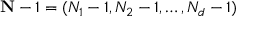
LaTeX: \mathbf { N } - 1 = ( N _ { 1 } - 1 , N _ { 2 } - 1 , \ldots , N _ { d } - 1 )